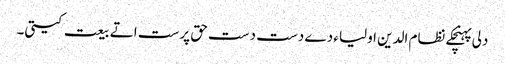
دلی پہنچکے نظام الدین اولیاء دے دست دست حق پرست اتے بیعت کیتی۔